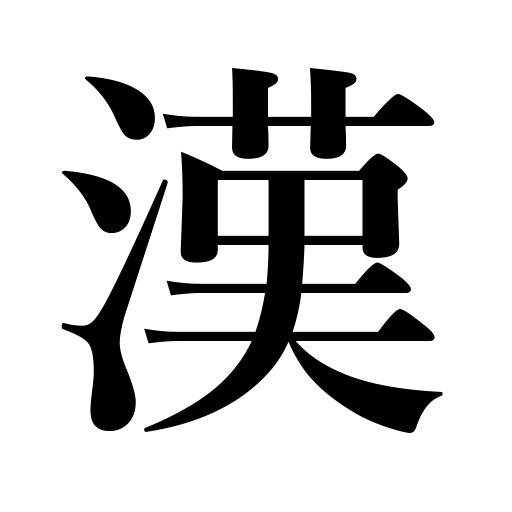
Meanings: old name for China,Han Dynasty,masculine suffix